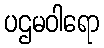
ပဌမဝါရော